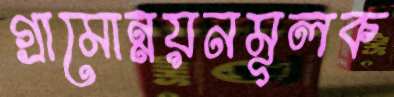
গ্রামোন্নয়নমূলক